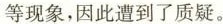
等现象，因此遭到了质疑。